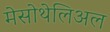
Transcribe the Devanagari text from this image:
मेसोथेलिअल